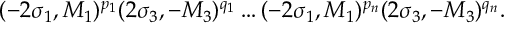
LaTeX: ( - 2 \sigma _ { 1 } , M _ { 1 } ) ^ { p _ { 1 } } ( 2 \sigma _ { 3 } , - M _ { 3 } ) ^ { q _ { 1 } } \ldots ( - 2 \sigma _ { 1 } , M _ { 1 } ) ^ { p _ { n } } ( 2 \sigma _ { 3 } , - M _ { 3 } ) ^ { q _ { n } } .